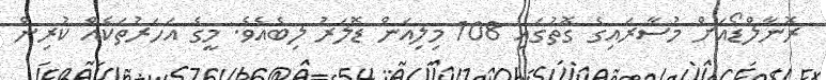
ރޮނާލްޑޯއަށް މުސާރައިގެ ގޮތުގައި 108 މިލިއަން ޑޮލަރު ލިބެއެވެ. މީގެ އަހަރުތަކެއް ކުރިން